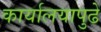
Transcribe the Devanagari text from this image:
कार्यालयापुढे